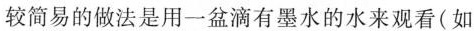
较简易的做法是用一盆滴有墨水的水来观看(如